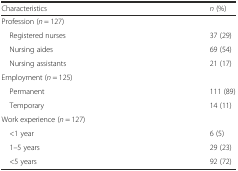
| Characteristics | n (%) |
 | --- | --- |
 | Profession (n = 127) |  |
 | Registered nurses | 37 (29) |
 | Nursing aides | 69 (54) |
 | Nursing assistants | 21 (17) |
 | Employment (n = 125) |  |
 | Permanent | 111 (89) |
 | Temporary | 14 (11) |
 | Work experience (n = 127) |  |
 | <1 year | 6 (5) |
 | 1–5 years | 29 (23) |
 | <5 years | 92 (72) |